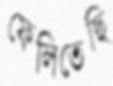
ফেলিতেছি